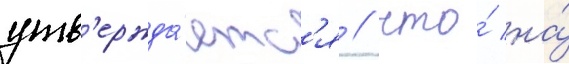
утв'ержда́етс'я / что́ на́